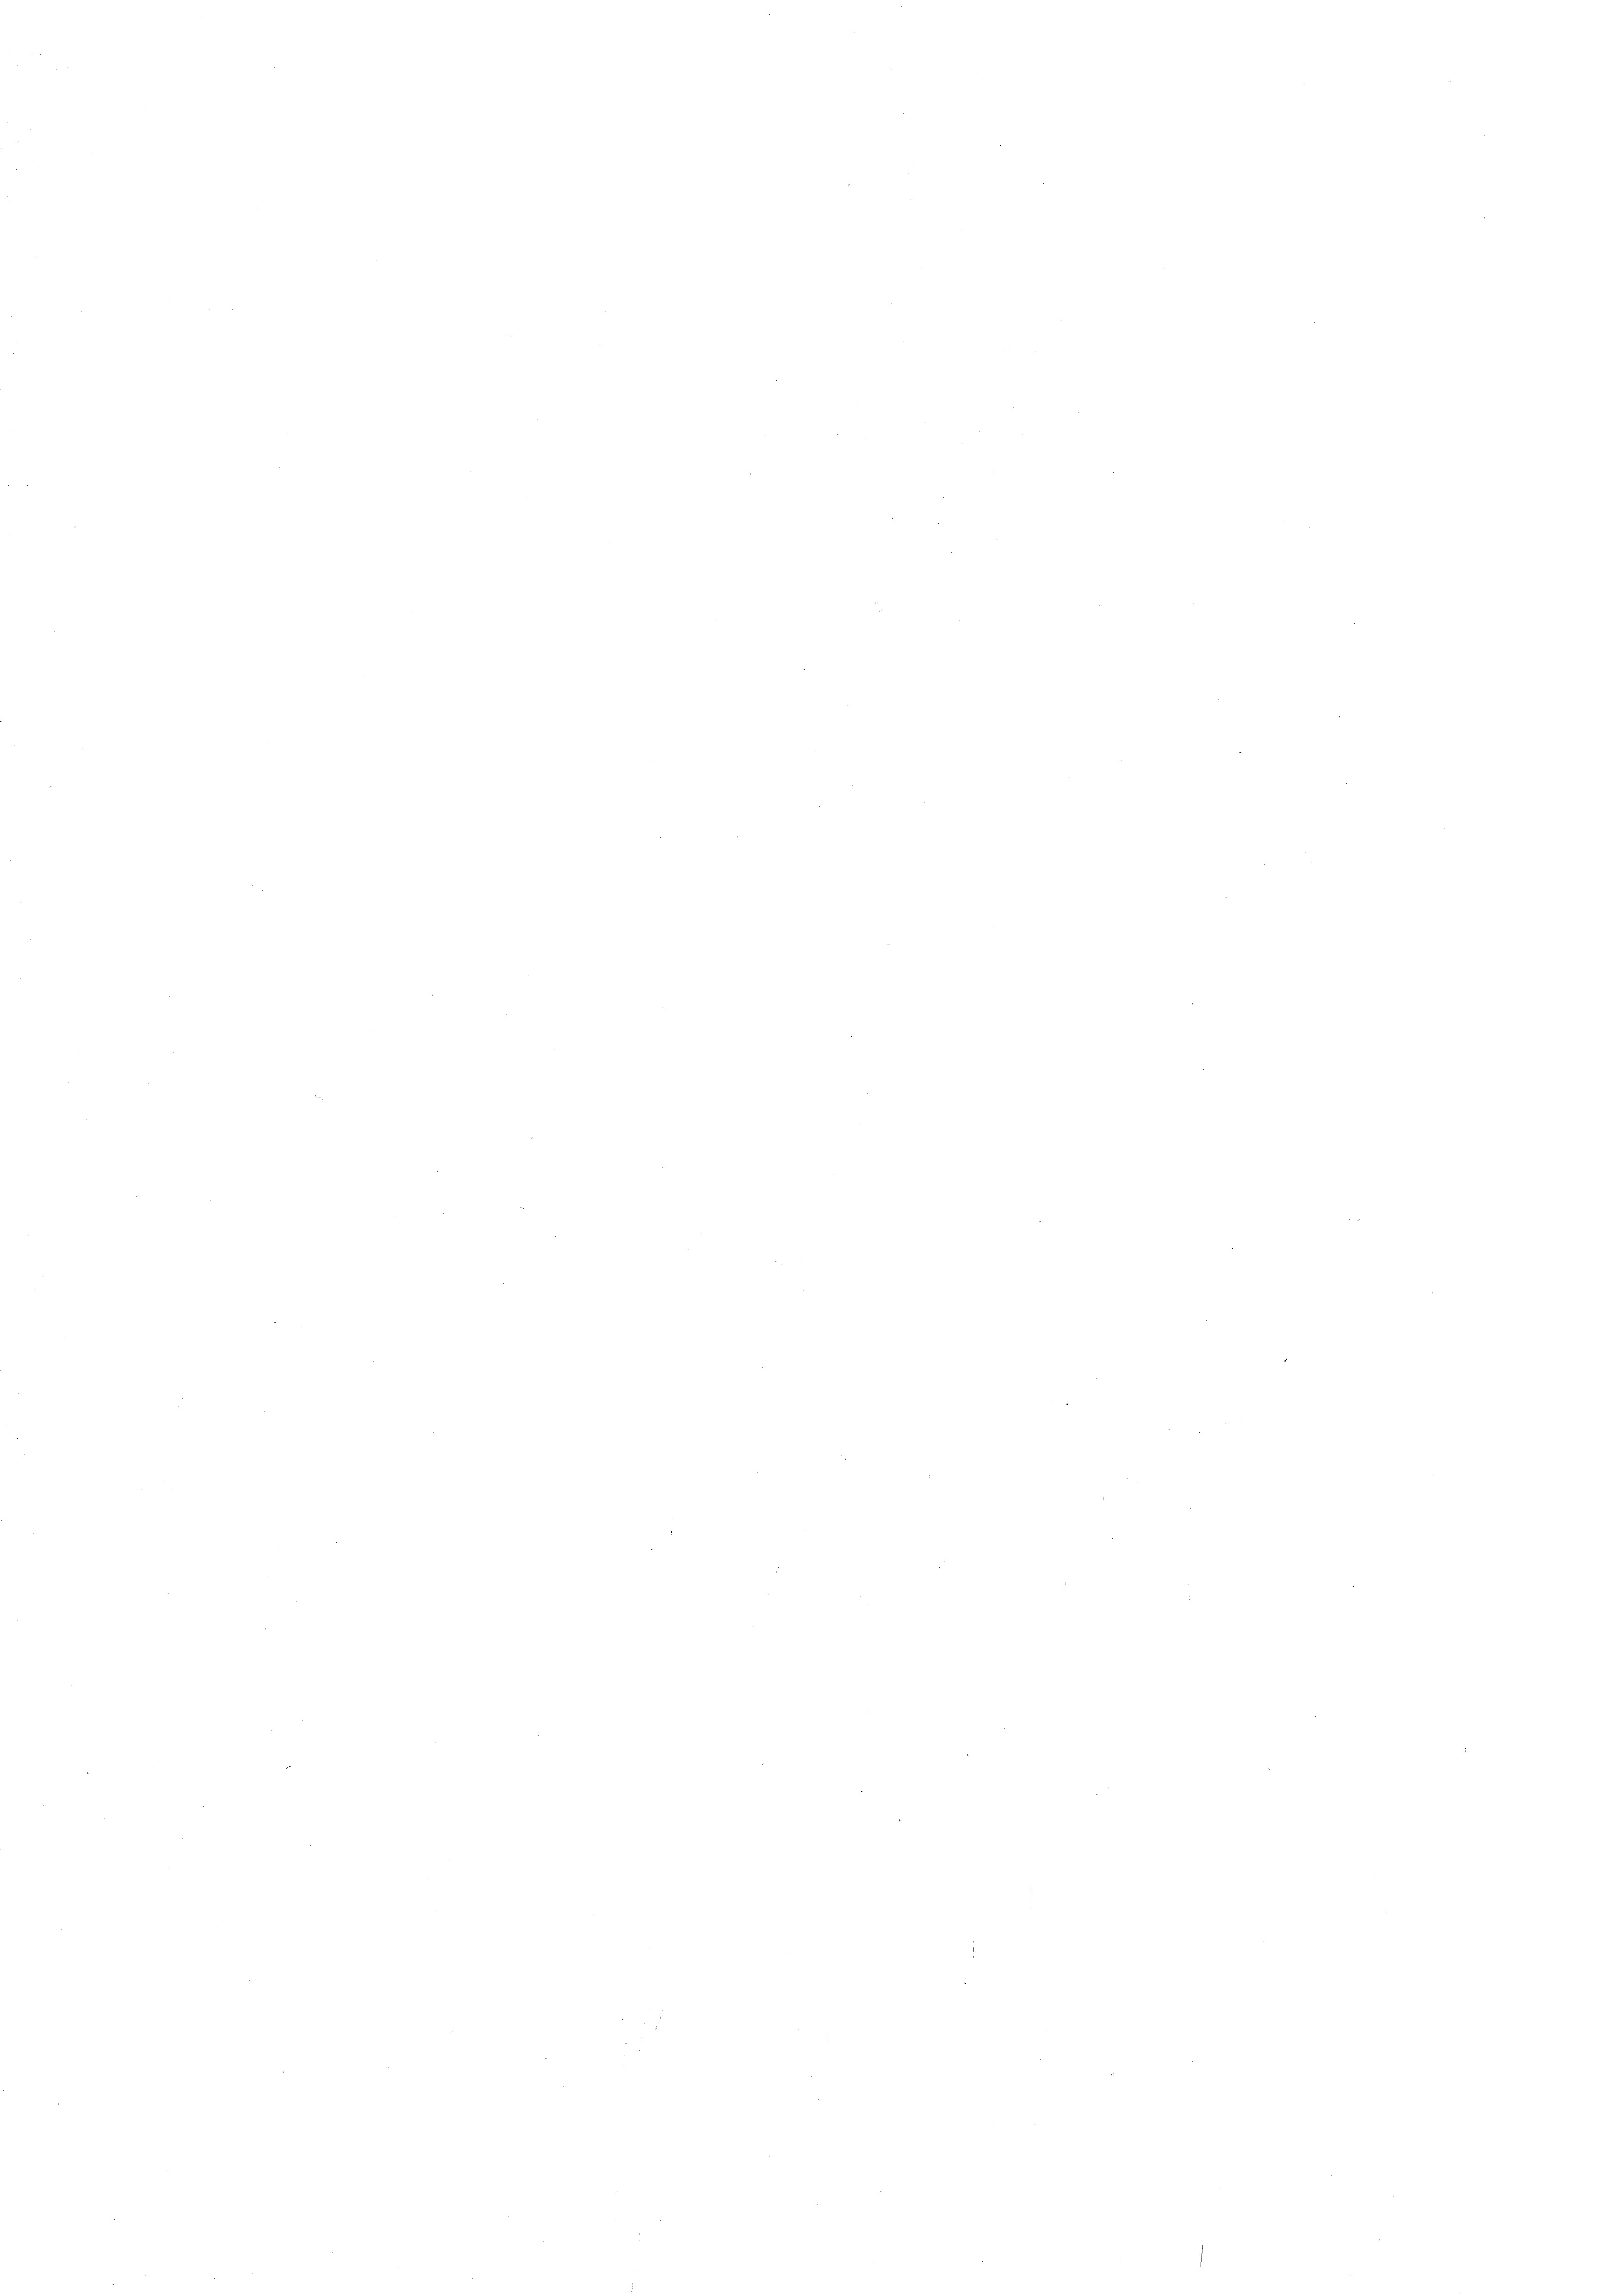
e

e

¬

d

e

¬
e

¬

e

e

e

e
.

¬
e
e

1

e

e
e
n

e

e

2

s
e

e
d
e
e

e

5

2

e

¬

e
¬
¬

e
.

2

n
¬
n

e

e
d
1
¬
e
.

d

e
e

.

2

e
.
e

u

e
e
n
e

e
e

e

e
e
.
e
.
e
e
.
¬
¬
e
.
n
¬
n
¬
e
¬
n
¬
¬
e
e
e
e

e

n
n

n

e

e
¬
e
e

e
e
.
e

n

e

.

e
2
¬
e
e
e
.
.
e
n

.
e
n
e
e
.
e
e

n

.
e

.

e

.

e
e
e

e

e